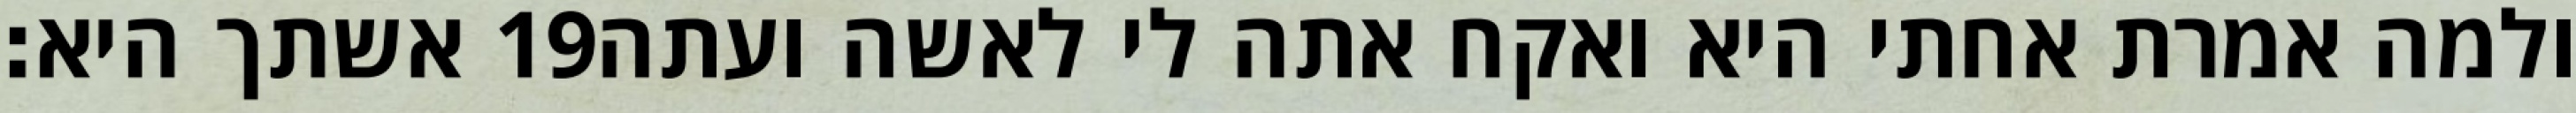
אשתך היא׃ ‎19‏ ולמה אמרת אחתי היא ואקח אתה לי לאשה ועתה